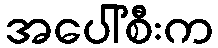
အပေါ်စီးက